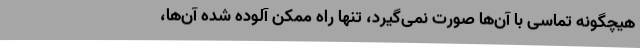
هیچگونه تماسی با آن‌ها صورت نمی‌گیرد، تنها راه ممکن آلوده شده آن‌ها،